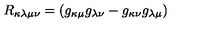
R _ { \kappa \lambda \mu \nu } = ( g _ { \kappa \mu } g _ { \lambda \nu } - g _ { \kappa \nu } g _ { \lambda \mu } )